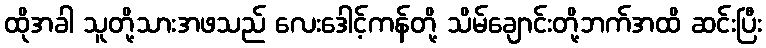
ထိုအခါ သူတို့သားအဖသည် လေးဒေါင့်ကန်တို့ သိမ်ချောင်းတို့ဘက်အထိ ဆင်းပြီး